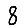
Digit: 8